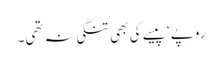
روپے ‘ پیسے کی بھی تنگی نہ تھی۔